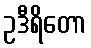
ဥဒီရိတော